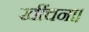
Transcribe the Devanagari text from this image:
खींचना।